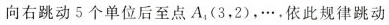
向右跳动5个单位后至点A_{4}(3，2)，\cdots，依此规律跳动